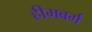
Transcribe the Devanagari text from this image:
हीमबर्ग